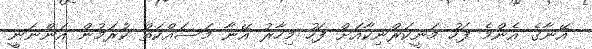
އޭނާގެ އެންމެ ފަހު މަނީކަރްނިކާއަށް ފަހު މިހާރު އޭނާ މަސައްކަތް ކުރަމުން އަންނަނީ